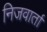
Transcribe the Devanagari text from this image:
निजवार्ता